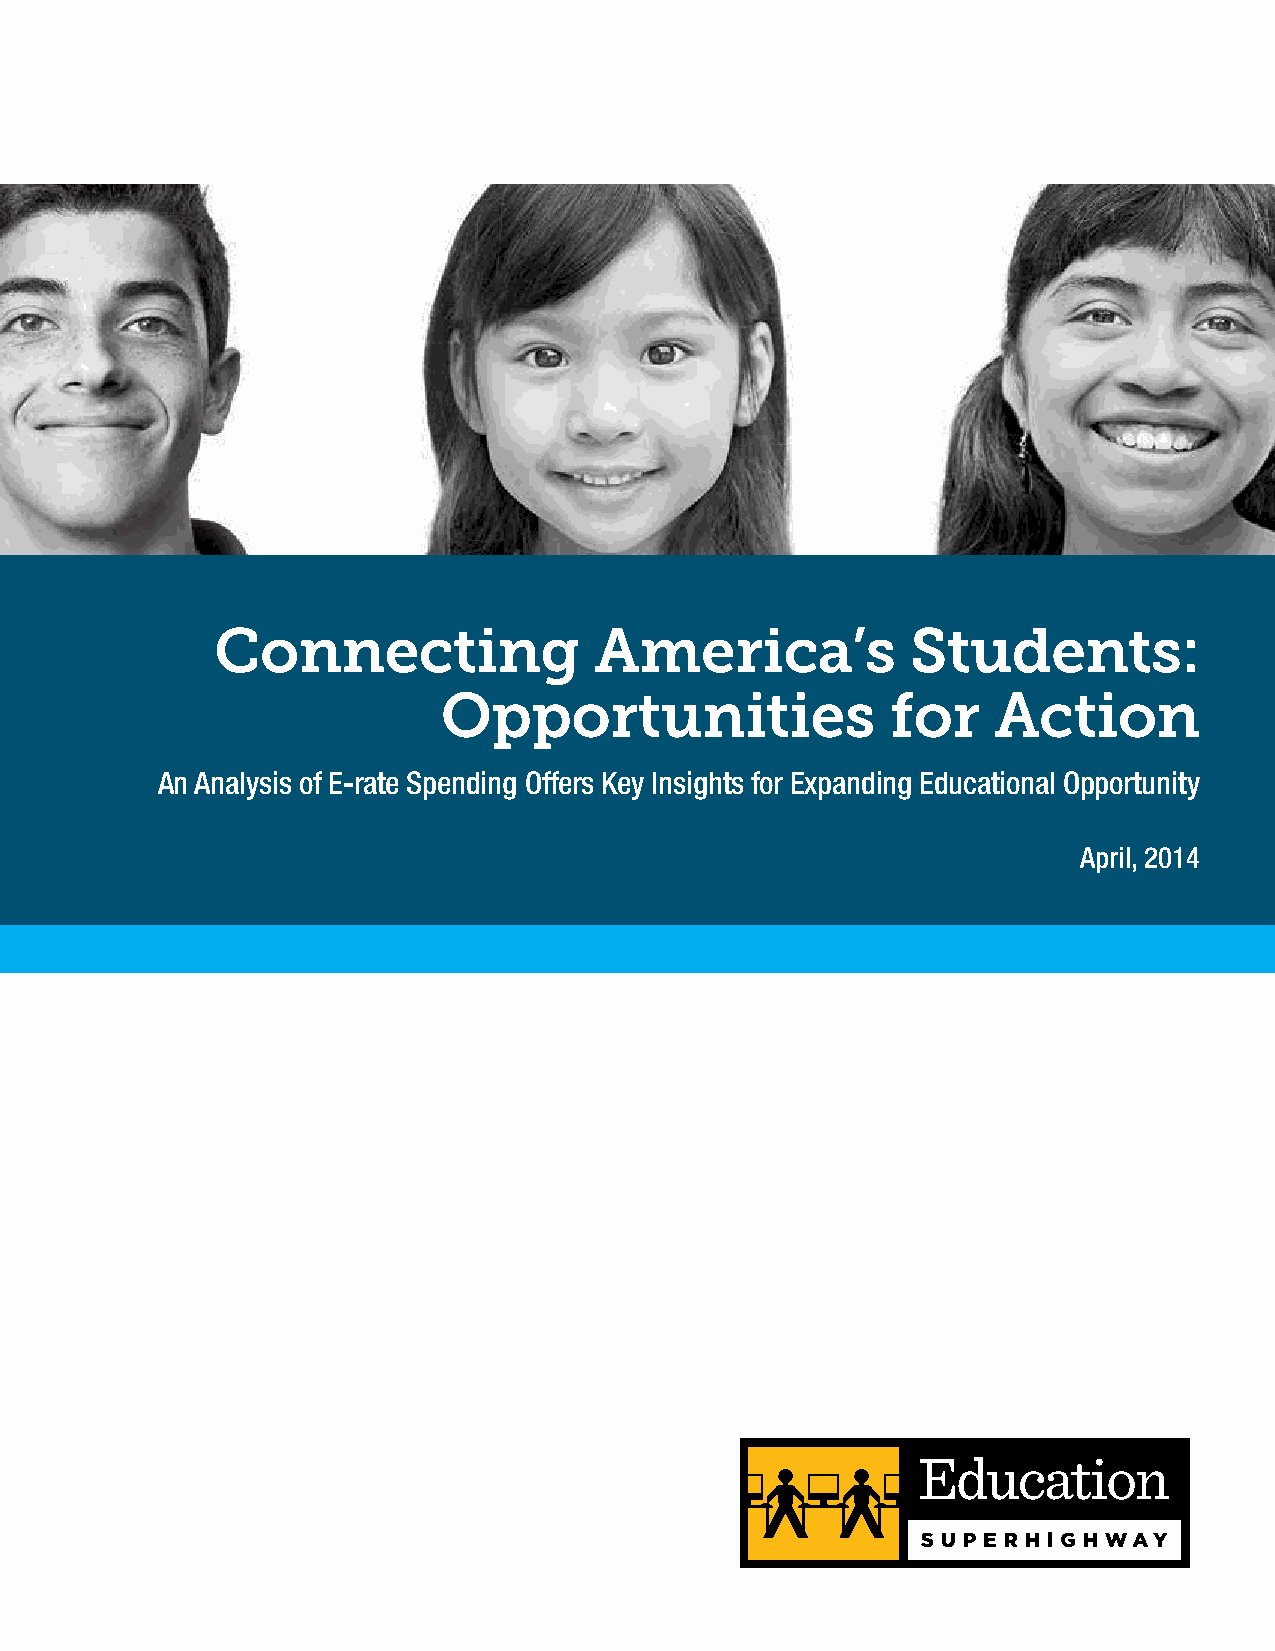
Connecting               America’s            Students:
 Opportunities                 for    Action
 An Analysis of E-rate Spending Offers Key Insights for Expanding Educational Opportunity
 April, 2014